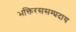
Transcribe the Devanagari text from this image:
भक्तिरससम्प्रदाय